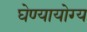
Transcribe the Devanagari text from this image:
घेण्यायोग्य